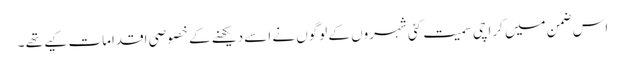
اس ضمن میں کراچی سمیت کئی شہروں کے لوگوں نے اسے دیکھنے کے خصوصی اقدامات کیے تھے ۔